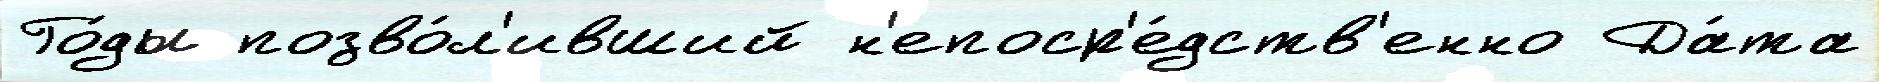
Го́ды позво́л'ивший н'епоср'е́дств'енно Да́та